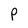
Character: p